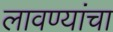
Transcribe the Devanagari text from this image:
लावण्यांचा